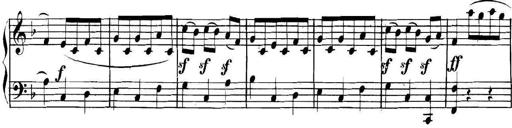
Title: Collected Piano Sonatas
Composer: Muzio Clementi